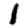
Digit: 1